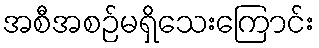
အစီအစဉ်မရှိသေးကြောင်း